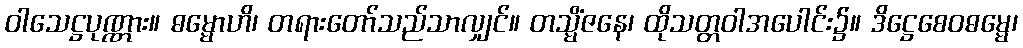
ဝါသေဋ္ဌပုဏ္ဏား။ ဓမ္မောဟိ၊ တရားတော်သည်သာလျှင်။ တသ္မိံဇနေ၊ ထိုသတ္တဝါအပေါင်း၌။ ဒိဋ္ဌေစေဝဓမ္မေ၊